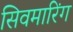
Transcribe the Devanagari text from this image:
सिवमारिंग